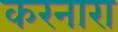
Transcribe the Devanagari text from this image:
करनारा